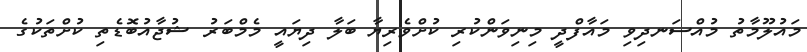
މައުލޫމާތު މުއްސަނދިވި މައާފްދީ މިނިވަންކުރި ކުށްވެރިޔާ ބަލާ ދިޔައީ މެމްބަރު ޝުޖާއުބޮޑެތި ކުށްތަކުގެ